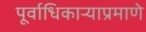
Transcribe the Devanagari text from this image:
पूर्वाधिकार्‍याप्रमाणे